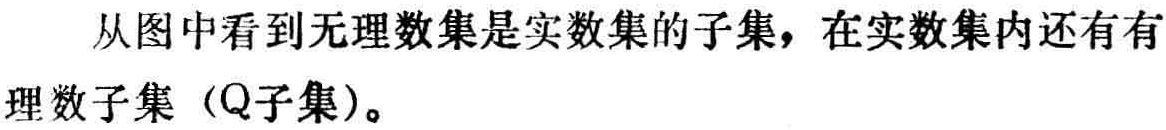
从图中看到无理数集是实数集的子集，在实数集内还有有理数子集（Q子集）。